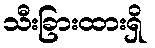
သီးခြားထားရှိ